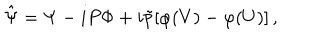
\hat { \Psi } = \Psi - i P \Phi + i \tilde { p } [ \varphi ( V ) - \varphi ( U ) ] \, ,